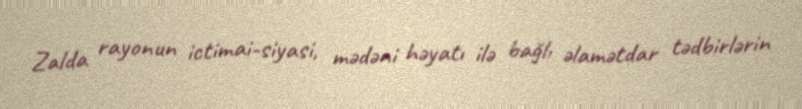
Zalda rayonun ictimai-siyasi, mədəni həyatı ilə bağlı əlamətdar tədbirlərin